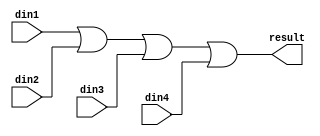
module	or_gate_4in(
	// input
	din1, din2, din3, din4,
	// output
	result
	);

	/********* parameter *********/
	parameter	DATA_WIDTH	= 32;

	input	[DATA_WIDTH - 1 : 0]	din1;
	input	[DATA_WIDTH - 1 : 0]	din2;
	input	[DATA_WIDTH - 1 : 0]	din3;
	input	[DATA_WIDTH - 1 : 0]	din4;

	output	[DATA_WIDTH - 1 : 0]	result;

	assign result = din1 | din2 | din3 | din4;

endmodule